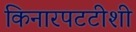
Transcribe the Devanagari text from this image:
किनारपटटीशी